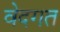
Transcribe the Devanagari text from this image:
वेदगत